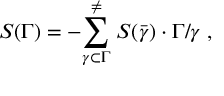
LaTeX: S ( \Gamma ) = - { \sum _ { \gamma \subset \Gamma } ^ { \neq } } \; S ( \bar { \gamma } ) \cdot \Gamma / \gamma \; ,